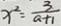
x ^ { 2 } = \frac { 3 } { a + 1 }